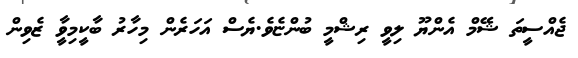
ޖެއްސީތަ ޝޭމް އެންޔޫ ލިވީ ރިޝްމީ ބުންޏެވެ.ޔެސް އަހަރެން މިހާރު ބާކީމިވީާ ޒެވިން